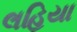
લહિયા